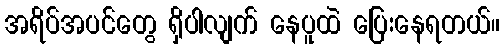
အရိပ်အပင်တွေ ရှိပါလျက် နေပူထဲ ပြေးနေရတယ်။